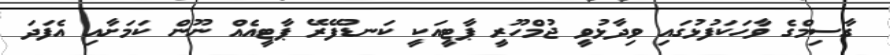
ގާސިމްގެ ވާހަކަފުޅުގައި ވިދާޅުވީ ޖުމްހޫރީ ޕާޓީއަކީ ކަނޑުފޭރޭ ޕާޓީއެއް ނޫން ކަމަށާއި އެފަދަ